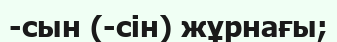
-сын (-сін) жұрнағы;